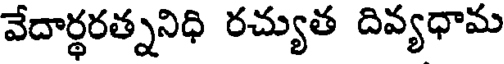
వేదార్థరత్ననిధి రచ్యుత దివ్యధామ